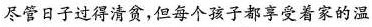
尽管日子过得清贫，但每个孩子都享受着家的温